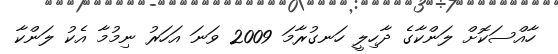
ހާއްސަކޮށް ލަންކާގެ ދާހިލީ ހަނގުރާމަ 2009 ވަނަ އަހަރު ނިމުމާ އެކު ލަންކާ